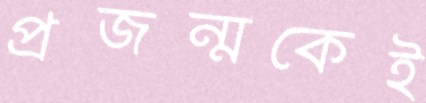
প্রজন্মকেই